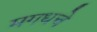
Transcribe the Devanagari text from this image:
मगधचे